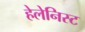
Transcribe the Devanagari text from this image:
हेलेनिस्ट